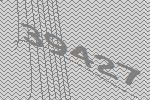
39427